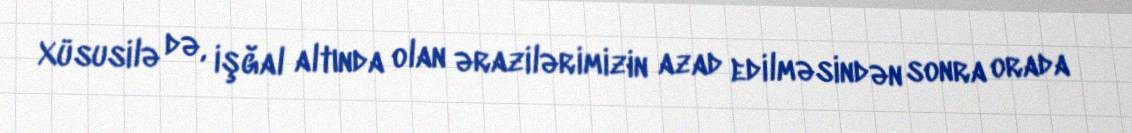
Xüsusilə də, işğal altında olan ərazilərimizin azad edilməsindən sonra orada